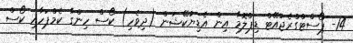
14- ޕޯސްޓްގްރެޖުއޭޓް ޑިޕްލޮމާ އިން އެޑިޔުކޭޝަން (ދިވެހި) ކޯސް ހިންގާ ކެމްޕަހާއި ކޯސް